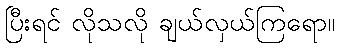
ပြီးရင် လိုသလို ချယ်လှယ်ကြရော။